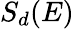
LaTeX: S_{d}(E)